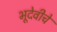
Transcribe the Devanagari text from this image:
भूदेवीचे